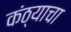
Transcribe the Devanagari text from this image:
कंठ्याचा